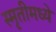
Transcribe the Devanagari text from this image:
स्मृतीमध्ये